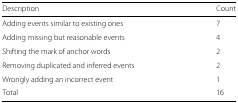
| Description | Count |
 | --- | --- |
 | Adding events similar to existing ones | 7 |
 | Adding missing but reasonable events | 4 |
 | Shifting the mark of anchor words | 2 |
 | Removing duplicated and inferred events | 2 |
 | Wrongly adding an incorrect event | 1 |
 | Total | 16 |